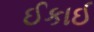
ઈકાઈ